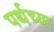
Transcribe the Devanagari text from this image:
पर्थच्या